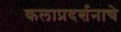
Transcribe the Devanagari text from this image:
कलाप्रदर्शनाचे